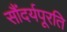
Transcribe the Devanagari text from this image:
सौंदर्यपूरति